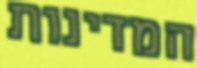
המדינות